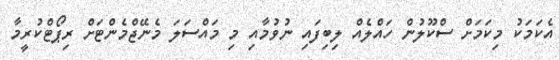
އެކަމަކު މިކަމަށް ސްކޫލުން ހައްލެއް ލިބިފައި ނުވުމާއި މި މައްސަލަ މެނޭޖްމެންޓަށް ރިޕޯޓްކުރީމާ